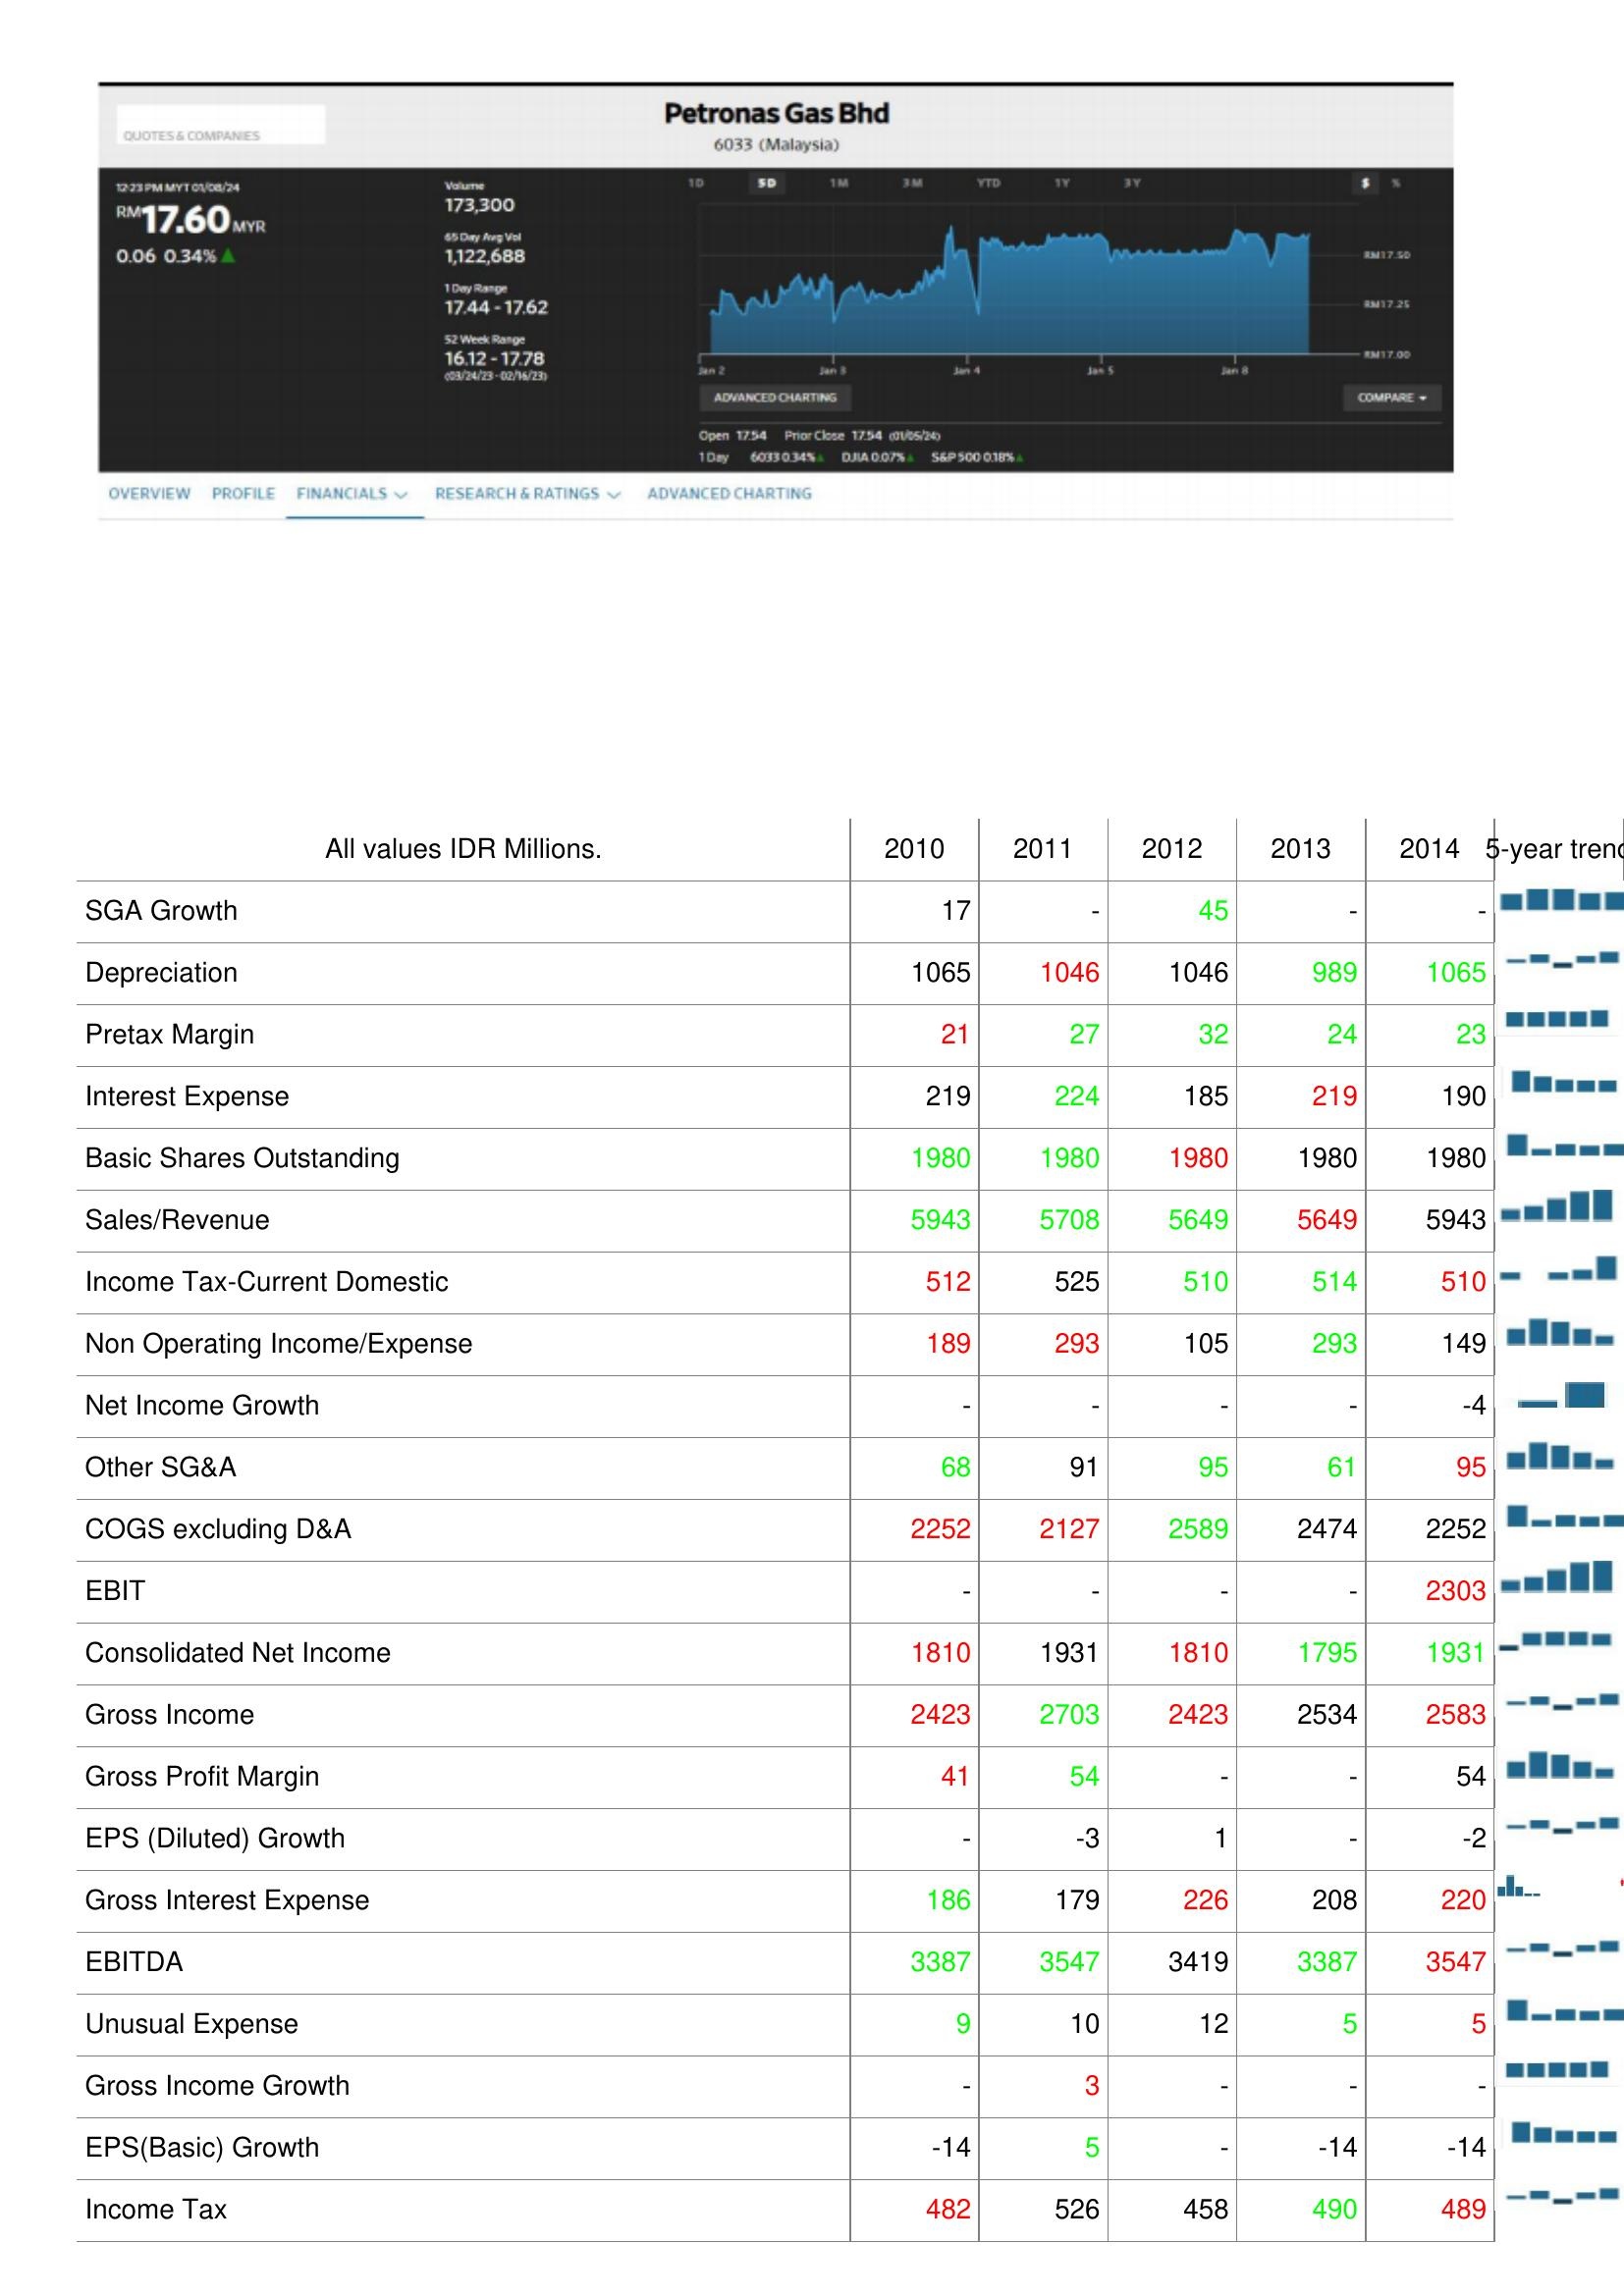
2010: : SGA Growth: 17
Depreciation: 1065
Pretax Margin: 21
Interest Expense: 219
Basic Shares Outstanding: 1980
Sales/Revenue: 5943
Income Tax-Current Domestic: 512
Non Operating Income/Expense: 189
Net Income Growth: -
Other SG&A: 68
COGS excluding D&A: 2252
EBIT: -
Consolidated Net Income: 1810
Gross Income: 2423
Gross Profit Margin: 41
EPS (Diluted) Growth: -
Gross Interest Expense: 186
EBITDA: 3387
Unusual Expense: 9
Gross Income Growth: -
EPS(Basic) Growth: -14
Income Tax: 482
2011: : SGA Growth: -
Depreciation: 1046
Pretax Margin: 27
Interest Expense: 224
Basic Shares Outstanding: 1980
Sales/Revenue: 5708
Income Tax-Current Domestic: 525
Non Operating Income/Expense: 293
Net Income Growth: -
Other SG&A: 91
COGS excluding D&A: 2127
EBIT: -
Consolidated Net Income: 1931
Gross Income: 2703
Gross Profit Margin: 54
EPS (Diluted) Growth: -3
Gross Interest Expense: 179
EBITDA: 3547
Unusual Expense: 10
Gross Income Growth: 3
EPS(Basic) Growth: 5
Income Tax: 526
2012: : SGA Growth: 45
Depreciation: 1046
Pretax Margin: 32
Interest Expense: 185
Basic Shares Outstanding: 1980
Sales/Revenue: 5649
Income Tax-Current Domestic: 510
Non Operating Income/Expense: 105
Net Income Growth: -
Other SG&A: 95
COGS excluding D&A: 2589
EBIT: -
Consolidated Net Income: 1810
Gross Income: 2423
Gross Profit Margin: -
EPS (Diluted) Growth: 1
Gross Interest Expense: 226
EBITDA: 3419
Unusual Expense: 12
Gross Income Growth: -
EPS(Basic) Growth: -
Income Tax: 458
2013: : SGA Growth: -
Depreciation: 989
Pretax Margin: 24
Interest Expense: 219
Basic Shares Outstanding: 1980
Sales/Revenue: 5649
Income Tax-Current Domestic: 514
Non Operating Income/Expense: 293
Net Income Growth: -
Other SG&A: 61
COGS excluding D&A: 2474
EBIT: -
Consolidated Net Income: 1795
Gross Income: 2534
Gross Profit Margin: -
EPS (Diluted) Growth: -
Gross Interest Expense: 208
EBITDA: 3387
Unusual Expense: 5
Gross Income Growth: -
EPS(Basic) Growth: -14
Income Tax: 490
2014: : SGA Growth: -
Depreciation: 1065
Pretax Margin: 23
Interest Expense: 190
Basic Shares Outstanding: 1980
Sales/Revenue: 5943
Income Tax-Current Domestic: 510
Non Operating Income/Expense: 149
Net Income Growth: -4
Other SG&A: 95
COGS excluding D&A: 2252
EBIT: 2303
Consolidated Net Income: 1931
Gross Income: 2583
Gross Profit Margin: 54
EPS (Diluted) Growth: -2
Gross Interest Expense: 220
EBITDA: 3547
Unusual Expense: 5
Gross Income Growth: -
EPS(Basic) Growth: -14
Income Tax: 489